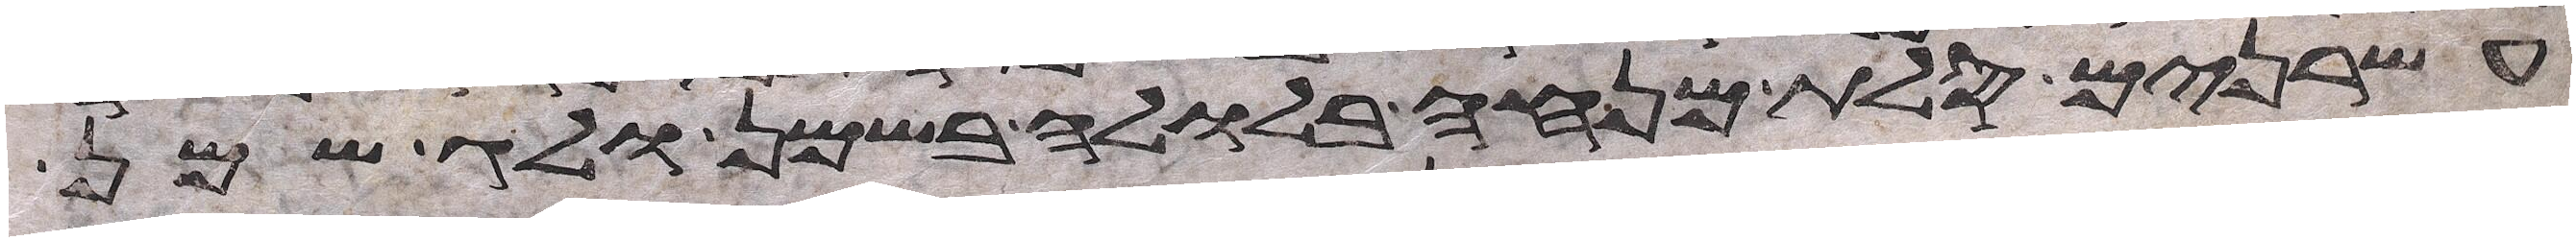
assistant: עשרנים סלת מנחה בלולה בשמן ולג שמן